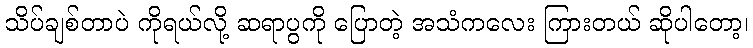
သိပ်ချစ်တာပဲ ကိုရယ်လို့ ဆရာပွကို ပြောတဲ့ အသံကလေး ကြားတယ် ဆိုပါတော့၊